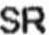
SR